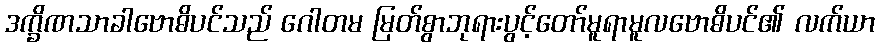
ဒက္ခိဏသာခါဗောဓိပင်သည် ဂေါတမ မြတ်စွာဘုရားပွင့်တော်မူရာမူလဗောဓိပင်၏ လက်ယာ